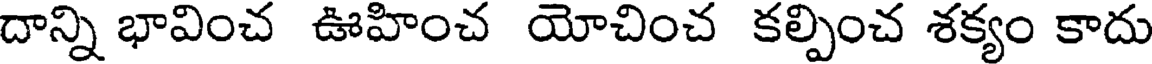
దాన్ని భావించ ఊహించ యోచించ కల్పించ శక్యం కాదు